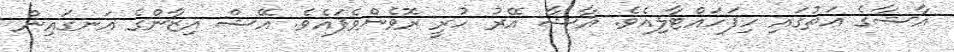
އާޝާގެ އަތުގައި ހިފަހައްޓާލިއެވެ. އާޝާ އޭރު ހުރީ ރޮވެންވެފައެވެ. އޭޝް އިޒާންގެ އަނގައިން